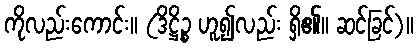
ကိုလည်းကောင်း။ (ဒိဋ္ဌိဉ္စ ဟူ၍လည်း ရှိ၏။ ဆင်ခြင်)။